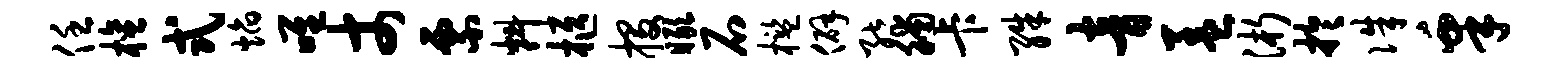
任檀式焰唯丈票料柩投瞰石槛僻能脯卡殊音盖浙於侏皋